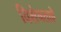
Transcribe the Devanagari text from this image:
विशेषताऐ